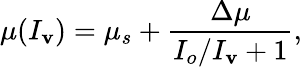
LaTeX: \mu(I_{\mathbf{v}})=\mu_{s}+\frac{{\Delta\mu}}{{I_{o}/I_{\mathbf{v}}+1}},